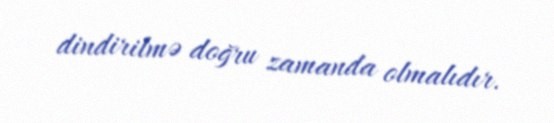
dindirilmə doğru zamanda olmalıdır.